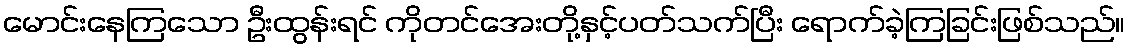
မောင်းနေကြသော ဦးထွန်းရင် ကိုတင်အေးတို့နှင့်ပတ်သက်ပြီး ရောက်ခဲ့ကြခြင်းဖြစ်သည်။